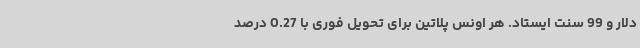
دلار و 99 سنت ایستاد. هر اونس پلاتین برای تحویل فوری با 0.27 درصد